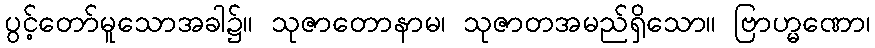
ပွင့်တော်မူသောအခါ၌။ သုဇာတောနာမ၊ သုဇာတအမည်ရှိသော။ ဗြာဟ္မဏော၊